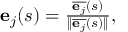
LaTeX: \begin{array} { r } { \mathbf { e } _ { j } ( s ) = { \frac { { \overline { { \mathbf { e } _ { j } } } } ( s ) } { \| { \overline { { \mathbf { e } _ { j } } } } ( s ) \| } } { \mathrm { , ~ } } } \end{array}